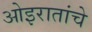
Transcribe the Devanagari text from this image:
ओइरातांचे